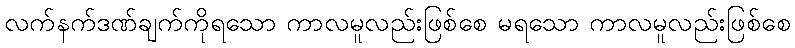
လက်နက်ဒဏ်ချက်ကိုရသော ကာလမူလည်းဖြစ်စေ မရသော ကာလမူလည်းဖြစ်စေ